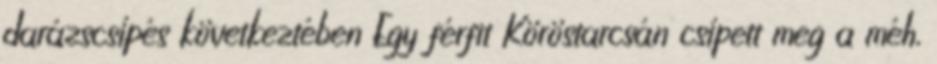
darázscsípés következtében Egy férfit Köröstarcsán csípett meg a méh,